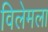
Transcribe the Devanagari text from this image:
विलेमला